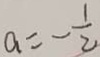
a = - \frac { 1 } { 2 }